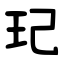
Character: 玘